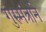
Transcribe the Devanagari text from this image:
गुरुमंत्राने